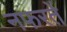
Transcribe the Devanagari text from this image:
नफरतें